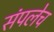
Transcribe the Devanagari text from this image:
संपलेच